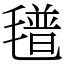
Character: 氆